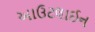
આઉટલાઈન